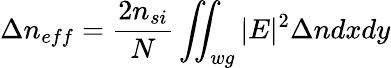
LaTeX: \Delta n_{eff}=\frac{2n_{si}}{N}\iint_{wg}|E|^{2}\Delta ndxdy